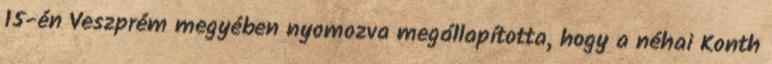
15-én Veszprém megyében nyomozva megállapította, hogy a néhai Konth